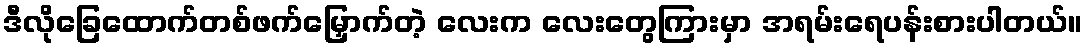
ဒီလိုခြေထောက်တစ်ဖက်မြှောက်တဲ့ လေးက လေးတွေကြားမှာ အရမ်းရေပန်းစားပါတယ်။